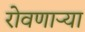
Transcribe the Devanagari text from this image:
रोवणार्‍या